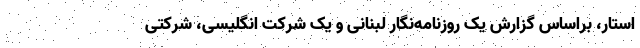
استار، براساس گزارش یک روزنامه‌نگار لبنانی و یک شرکت انگلیسی، شرکتی